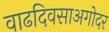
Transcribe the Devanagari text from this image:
वाढदिवसाअगोदर